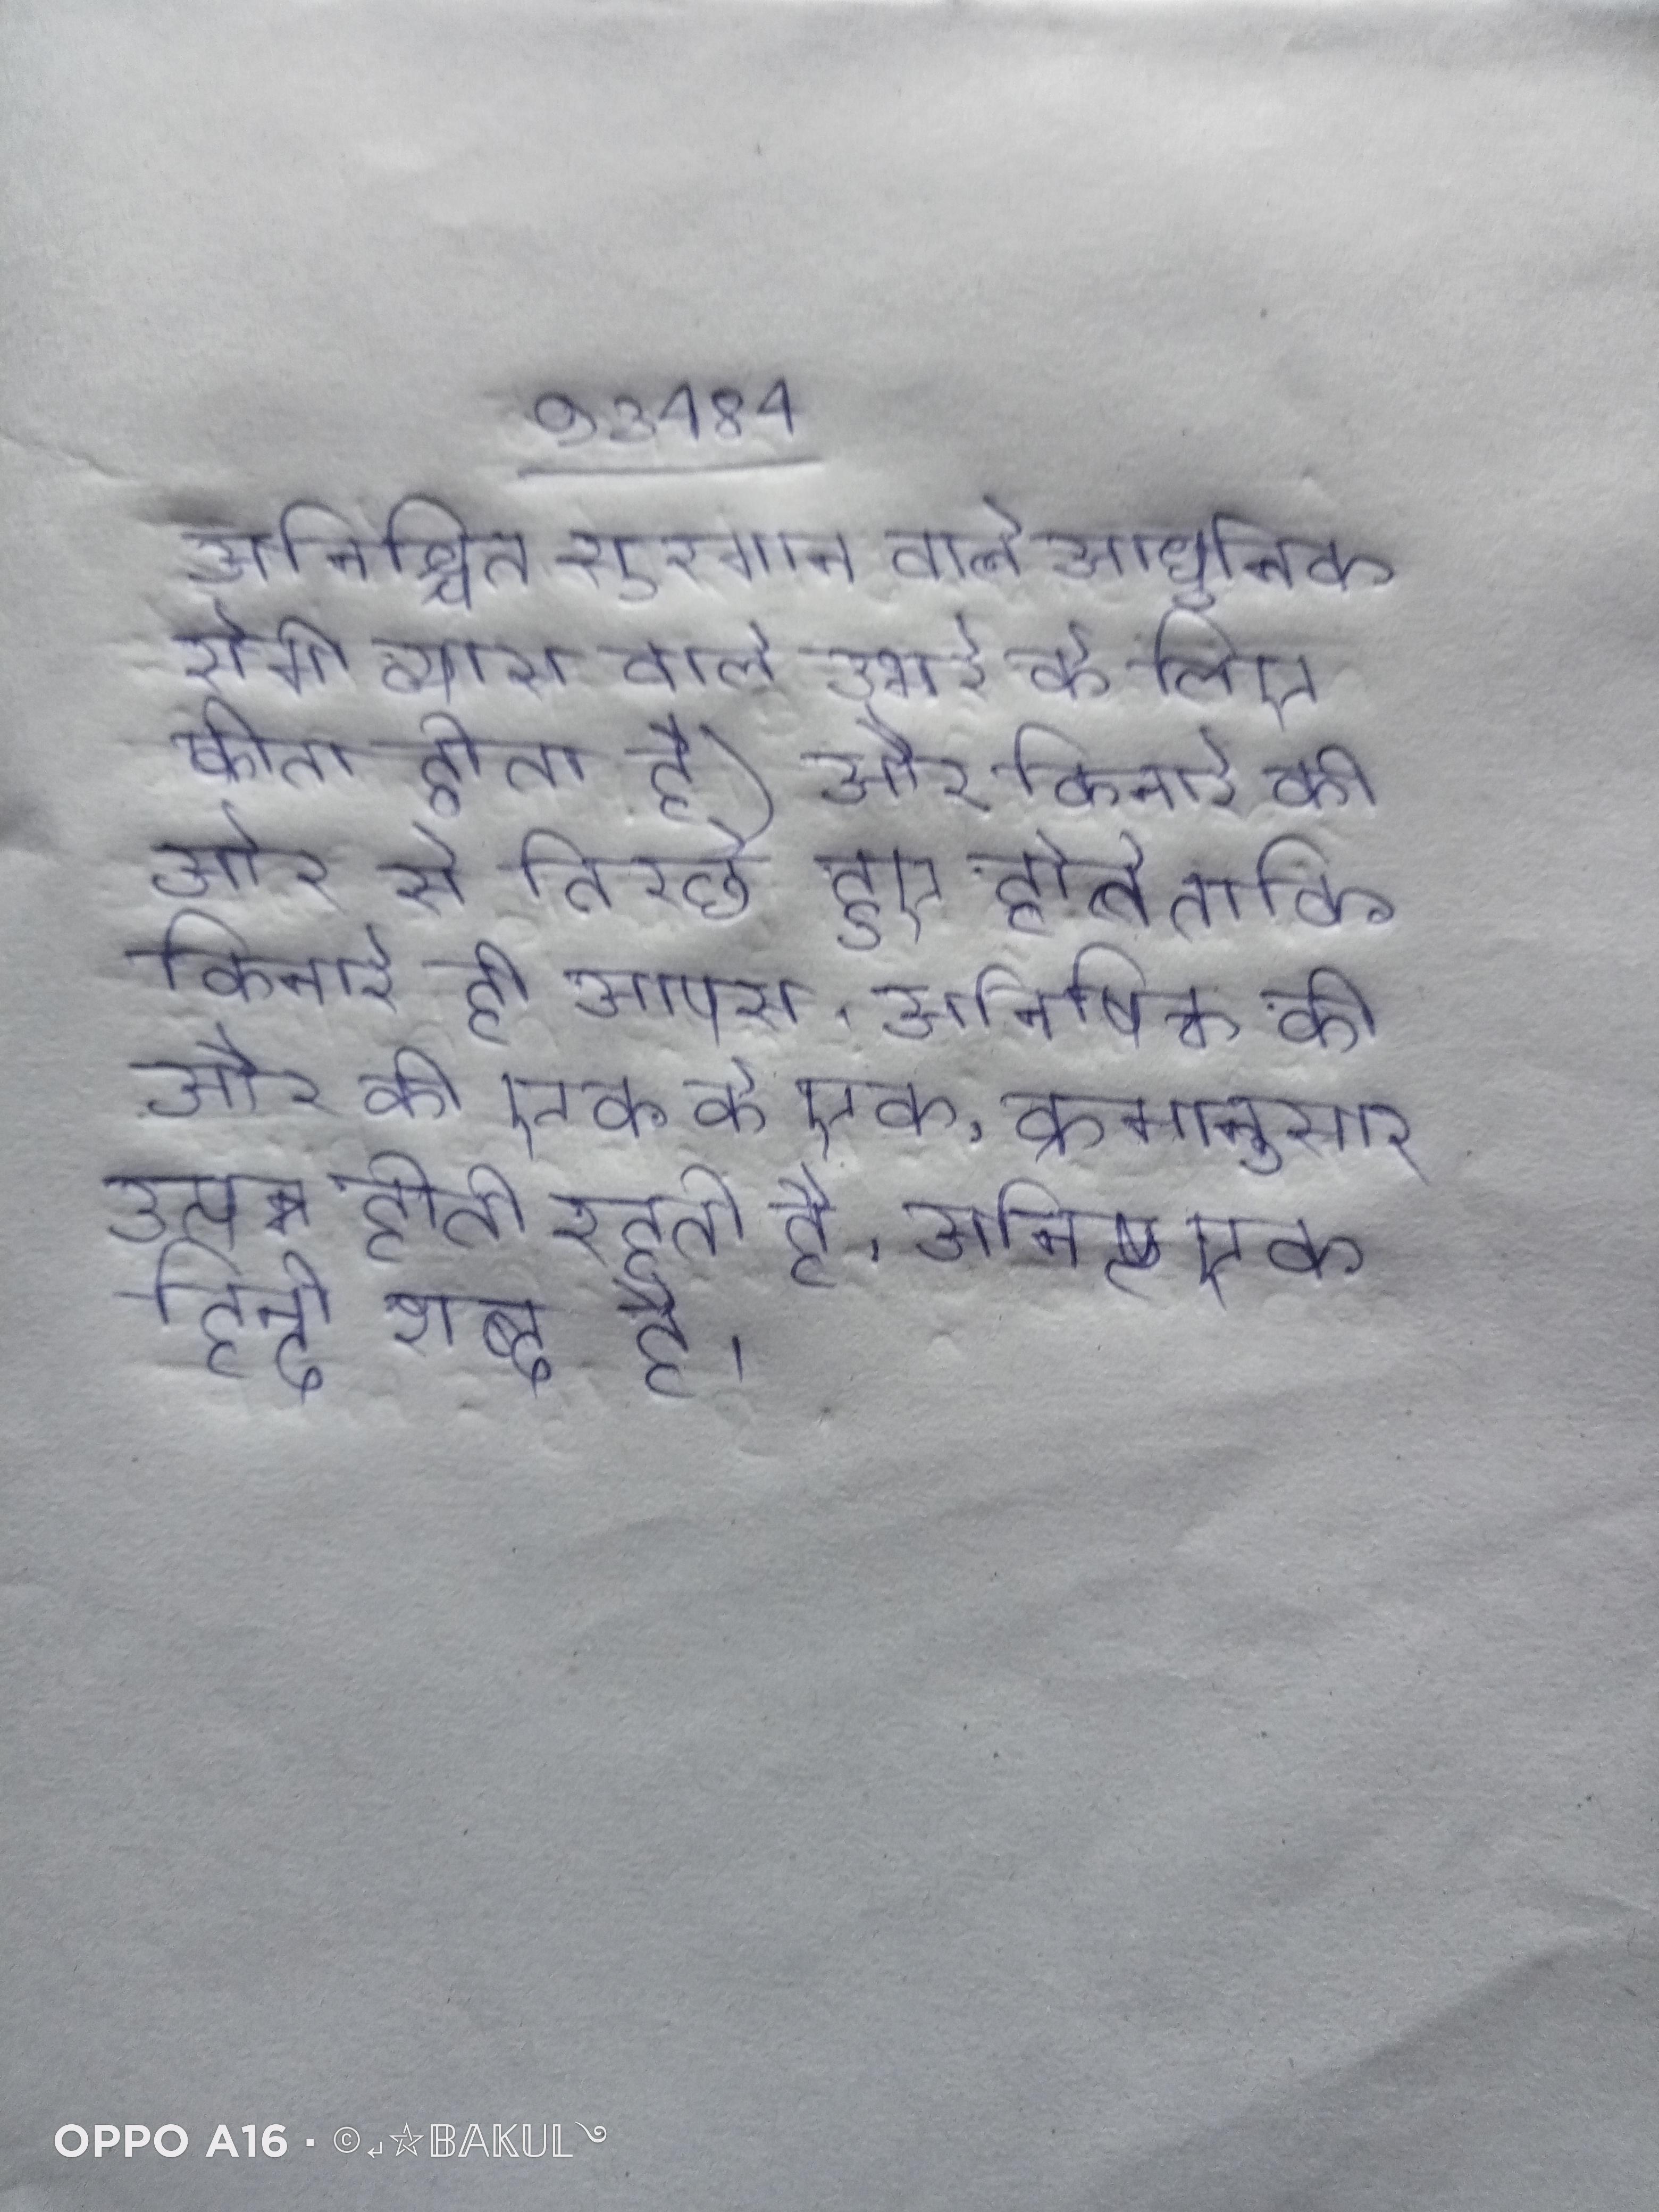
अनिश्चित सुरमान वाले आधुनिक सेमी व्यास वाले उभरे के लिए फीता होता है) और किनारे की ओर से तिरछे हुए होते ताकि किनारे ही आपस । अनिषिक्त की और की एक के एक, क्रमानुसार उत्पन्न होती रहती है । अनिष्ट एक हिन्दी शब्द है ।